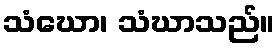
သံဃော၊ သံဃာသည်။